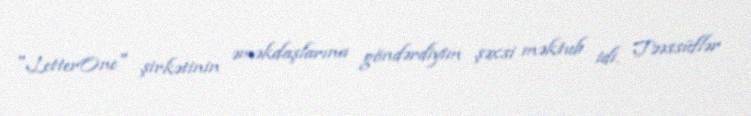
"LetterOne" şirkətinin əməkdaşlarına göndərdiyim şəxsi məktub idi. Təəssüflər